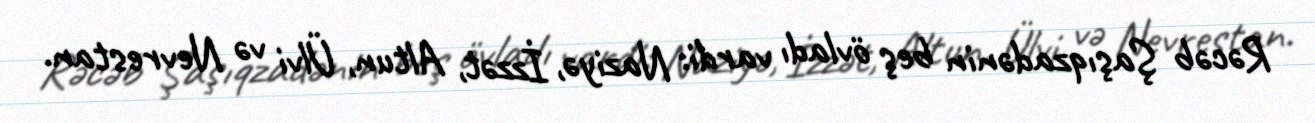
Rəcəb Şaşıqzadənin beş övladı vardi: Naziyə, İzzət, Altun, Ülvi və Nevrestan.